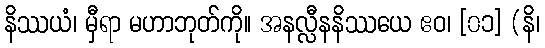
နိဿယံ၊ မှီရာ မဟာဘုတ်ကို။ အနလ္လီနနိဿယေ ဧဝ၊ [၀၁] (နိ၊